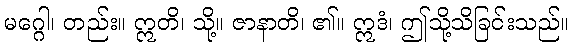
မဂ္ဂေါ၊ တည်း။ ဣတိ၊ သို့။ ဇာနာတိ၊ ၏။ ဣဒံ၊ ဤသို့သိခြင်းသည်။